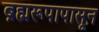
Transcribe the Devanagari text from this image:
ब्रह्मरूपापासून